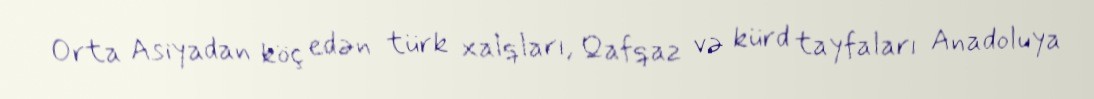
Orta Asiyadan köç edən türk xalqları, Qafqaz və kürd tayfaları Anadoluya